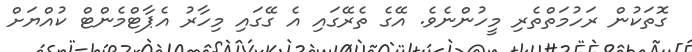
ގޮތަކުން ރަހުމަތްތެރި މީހުންނެވެ. އޭގެ ތެރޭގައި އެ ގޭގައި މިހާރު އެޕާޓްމެންޓް ކުއްޔަށް